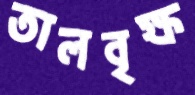
তালবৃক্ষ